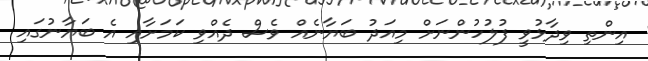
އިންތި ވިދާޅުވީ ފުލުހުންނަށް މިއަދު ބަޔާނެއް ވެސް ދެއްވި ކަމަށާއި އެ ބަޔާނުގައި